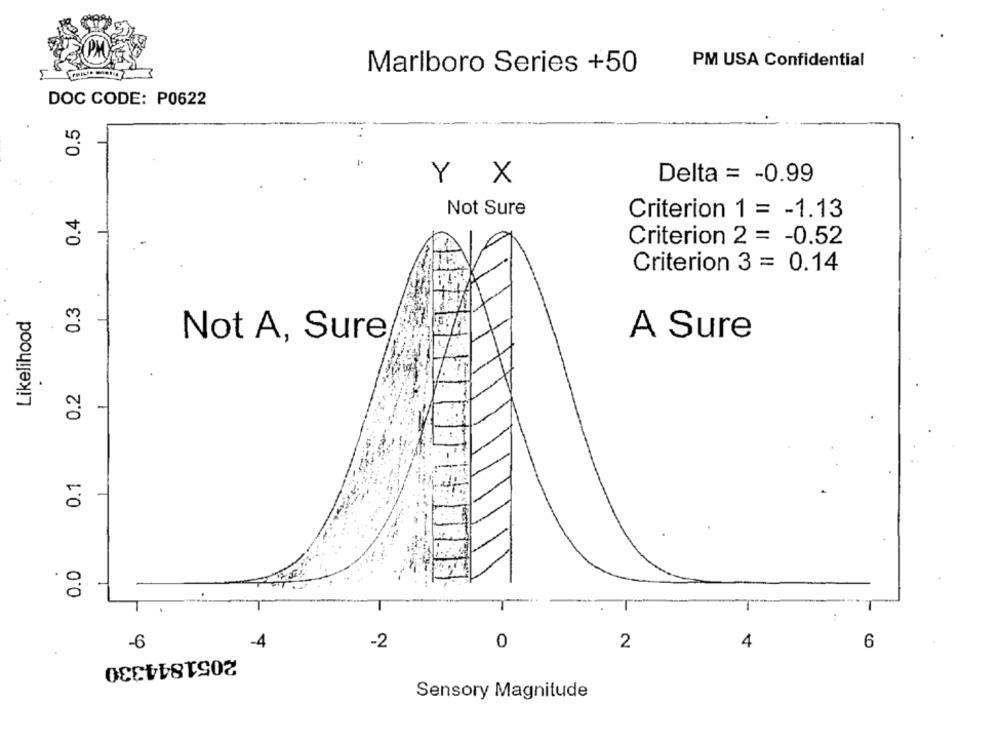
PM USA Confidential
Marlboro Series +50
DOC CODE: P0622
0.5
Delta = - 0.99
Y X
0.4
Not Sure
Criterion 1 = - 1.13
Criterion 2 = - 0.52
Criterion 3 = 0.14
0.3
Likelihood
Not A, Sure
A Sure
0.2
-
0.1
0.0
-6
-4
-2
0
2
4
6
2051844330
Sensory Magnitude